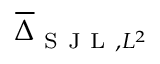
\overline { { \Delta } } _ { \mathrm { ~ S ~ J ~ L ~ } , L ^ { 2 } }